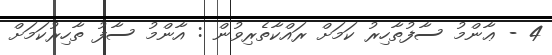
4 - ޢާންމު ސާފުތާހިރު ކަމަށް ރައްކާތެރިވުން : އާންމު ސާފު ތާހިރުކަމަށް